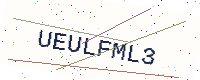
Text: UEULFML3